65_HS1-834228961_62-HQ-83894_Section_10
Agency: FBI
Page 162
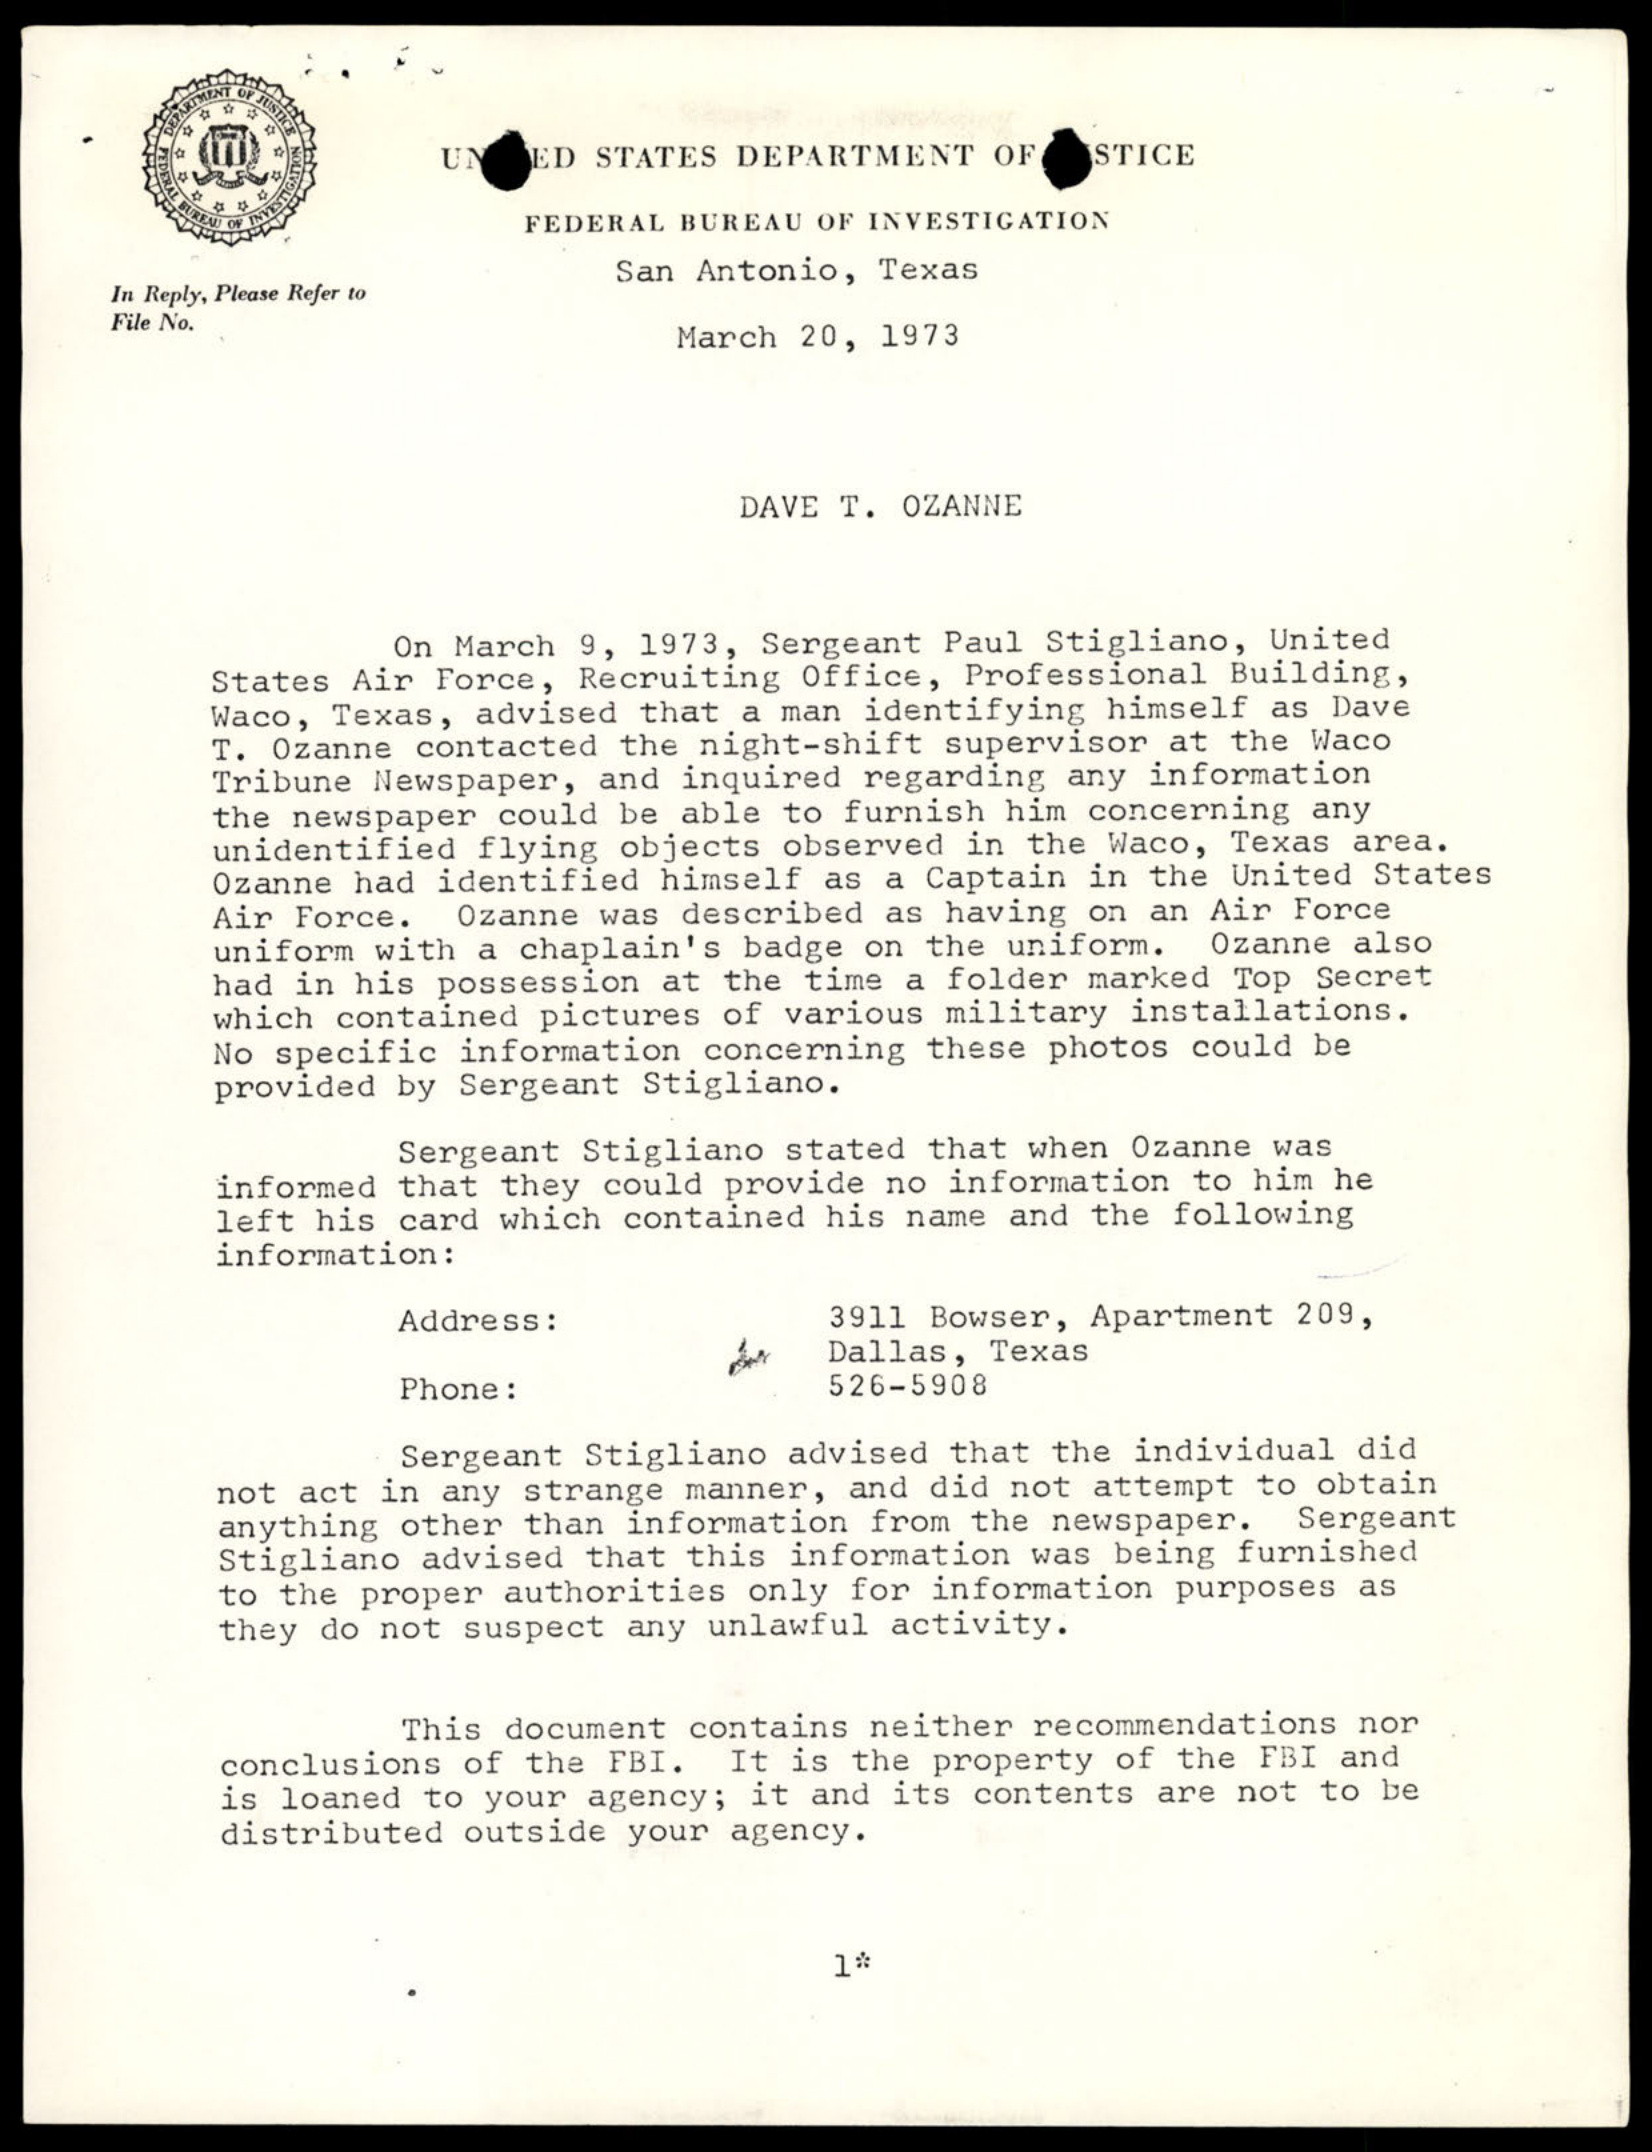